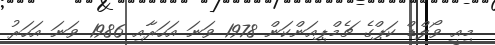
މިއީ ވޯލްޑް ކަޕްގެ ޗެމްޕިއަންކަން 1978 ވަނަ އަހަރާއި 1986 ވަނަ އަހަރު